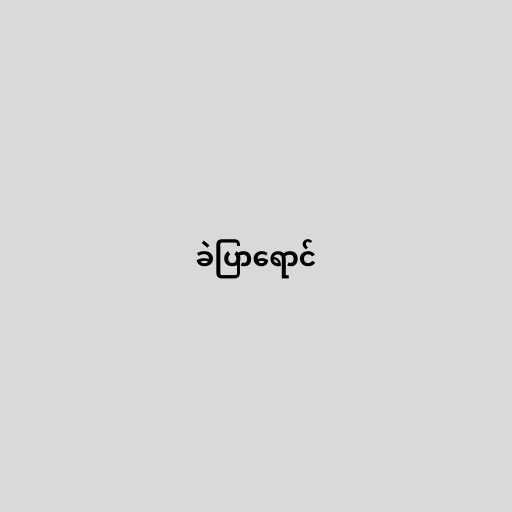
ခဲပြာရောင်